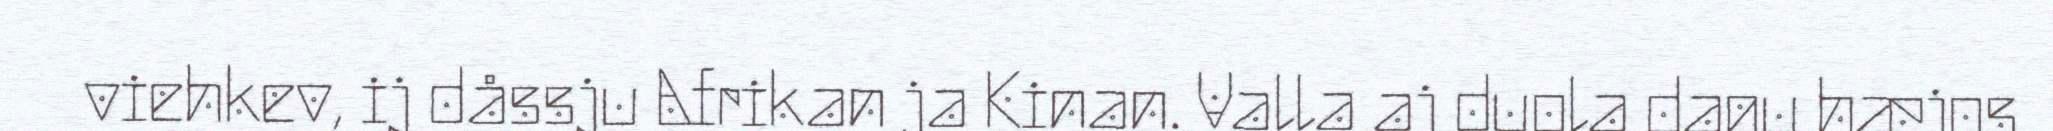
viehkev, ij dåssju Afrikan ja Kinan. Valla aj duola dagu hæjos